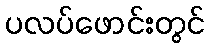
ပလပ်ဖောင်းတွင်